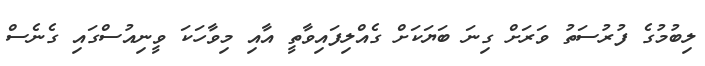
ލިބުމުގެ ފުރުސަތު ވަރަށް ގިނަ ބަޔަކަށް ގެއްލިފައިވާތީ އާއި މިވާހަކަ ވީނިއުސްގައި ގެނެސް